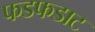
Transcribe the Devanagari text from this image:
फडफडाट